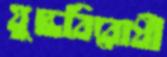
যুদ্ধবিরোধী